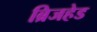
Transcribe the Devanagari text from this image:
ब्रिजहेड